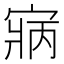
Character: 寎